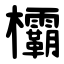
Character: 欛